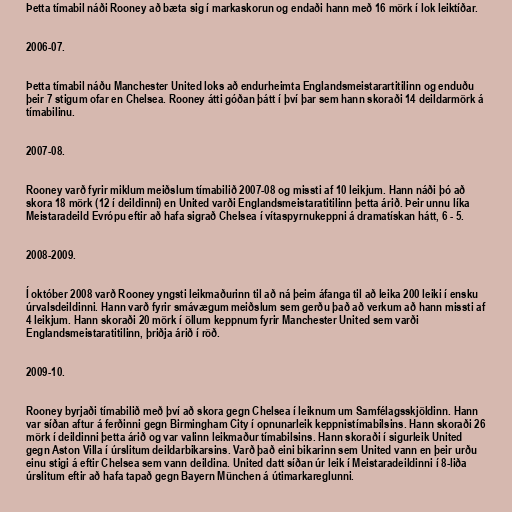
Þetta tímabil náði Rooney að bæta sig í markaskorun og endaði hann með 16 mörk í lok leiktíðar.

2006-07.

Þetta tímabil náðu Manchester United loks að endurheimta Englandsmeistarartitilinn og enduðu
þeir 7 stigum ofar en Chelsea. Rooney átti góðan þátt í því þar sem hann skoraði 14 deildarmörk á
tímabilinu.

2007-08.

Rooney varð fyrir miklum meiðslum tímabilið 2007-08 og missti af 10 leikjum. Hann náði þó að
skora 18 mörk (12 í deildinni) en United varði Englandsmeistaratitilinn þetta árið. Þeir unnu líka
Meistaradeild Evrópu eftir að hafa sigrað Chelsea í vítaspyrnukeppni á dramatískan hátt, 6 - 5.

2008-2009.

Í október 2008 varð Rooney yngsti leikmaðurinn til að ná þeim áfanga til að leika 200 leiki í ensku
úrvalsdeildinni. Hann varð fyrir smávægum meiðslum sem gerðu það að verkum að hann missti af
4 leikjum. Hann skoraði 20 mörk í öllum keppnum fyrir Manchester United sem varði
Englandsmeistaratitilinn, þriðja árið í röð.

2009-10.

Rooney byrjaði tímabilið með því að skora gegn Chelsea í leiknum um Samfélagsskjöldinn. Hann
var síðan aftur á ferðinni gegn Birmingham City í opnunarleik keppnistímabilsins. Hann skoraði 26
mörk í deildinni þetta árið og var valinn leikmaður tímabilsins. Hann skoraði í sigurleik United
gegn Aston Villa í úrslitum deildarbikarsins. Varð það eini bikarinn sem United vann en þeir urðu
einu stigi á eftir Chelsea sem vann deildina. United datt síðan úr leik í Meistaradeildinni í 8-liða
úrslitum eftir að hafa tapað gegn Bayern München á útimarkareglunni.